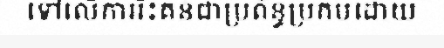
ទៅលើការរិះគន់ជាប្រព័ន្ធប្រកបដោយ